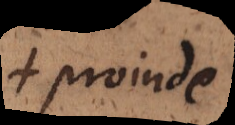
ac proinde